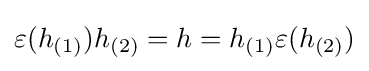
\varepsilon (h_{(1)})h_{(2)}=h=h_{(1)}\varepsilon (h_{(2)})